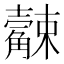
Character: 𧥆